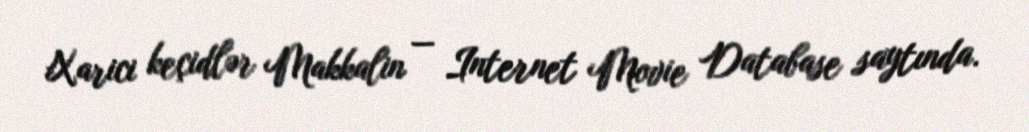
Xarici keçidlər Makkalin — Internet Movie Database saytında.